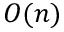
O ( n )